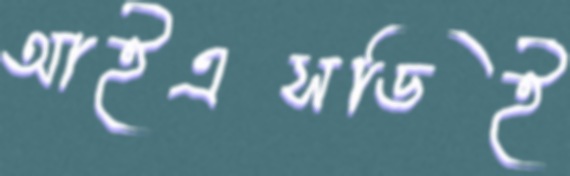
আইএসডিই